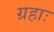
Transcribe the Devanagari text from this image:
ग्रहाः